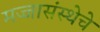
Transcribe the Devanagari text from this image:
मज्जासंस्थेचे